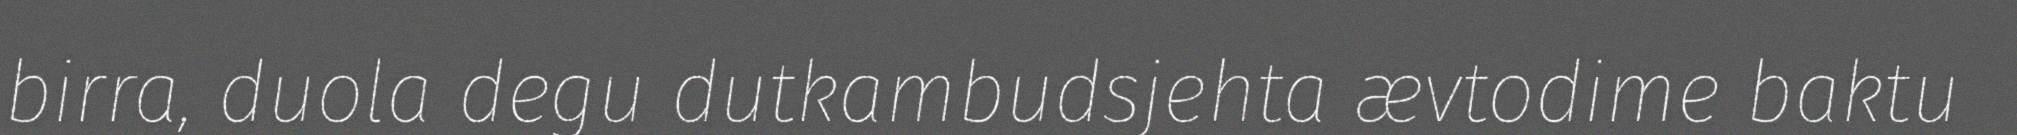
birra, duola degu dutkambudsjehta ævtodime baktu